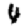
Digit: 4